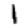
Digit: 1